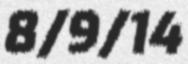
8/9/14